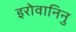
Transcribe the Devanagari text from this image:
इरोवानिनु